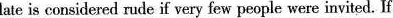
lale is considered rude if very few people were invited. If